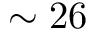
\sim 2 6